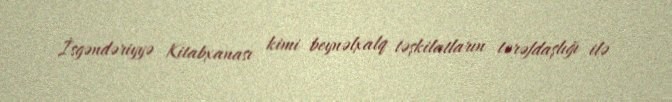
İsgəndəriyyə Kitabxanası kimi beynəlxalq təşkilatların tərəfdaşlığı ilə